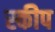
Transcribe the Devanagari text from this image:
स्कीप